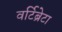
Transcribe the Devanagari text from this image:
वर्टिब्रेटा